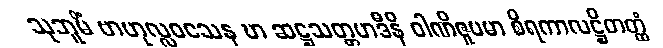
သုဘူမိံ ဗာဟုလ္လဝသေန ဎာ ဆဋ္ဌသတ္တမာဒီနိ ဝါဏိဇူပမာ စိရကာလဋ္ဌိတတ္ထံ